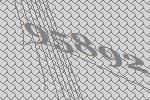
95892